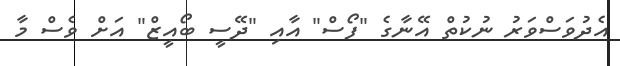
އެދުވަސްވަރު ނުކުތް އޭނާގެ "ފޯސް" އާއި "ދޭސީ ބޯއީޒް" އަށް ވެސް މާ